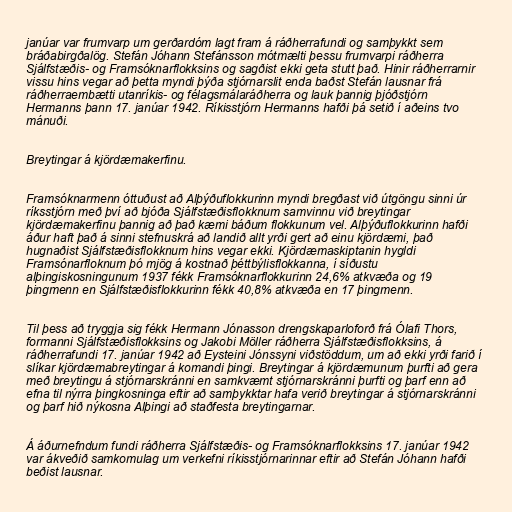
janúar var frumvarp um gerðardóm lagt fram á ráðherrafundi og samþykkt sem
bráðabirgðalög. Stefán Jóhann Stefánsson mótmælti þessu frumvarpi ráðherra
Sjálfstæðis- og Framsóknarflokksins og sagðist ekki geta stutt það. Hinir ráðherrarnir
vissu hins vegar að þetta myndi þýða stjórnarslit enda baðst Stefán lausnar frá
ráðherraembætti utanríkis- og félagsmálaráðherra og lauk þannig þjóðstjórn
Hermanns þann 17. janúar 1942. Ríkisstjórn Hermanns hafði þá setið í aðeins tvo
mánuði.

Breytingar á kjördæmakerfinu.

Framsóknarmenn óttuðust að Alþýðuflokkurinn myndi bregðast við útgöngu sinni úr
ríksstjórn með því að bjóða Sjálfstæðisflokknum samvinnu við breytingar
kjördæmakerfinu þannig að það kæmi báðum flokkunum vel. Alþýðuflokkurinn hafði
áður haft það á sinni stefnuskrá að landið allt yrði gert að einu kjördæmi, það
hugnaðist Sjálfstæðisflokknum hins vegar ekki. Kjördæmaskiptanin hygldi
Framsónarfloknum þó mjög á kostnað þéttbýlisflokkanna, í síðustu
alþingiskosningunum 1937 fékk Framsóknarflokkurinn 24,6% atkvæða og 19
þingmenn en Sjálfstæðisflokkurinn fékk 40,8% atkvæða en 17 þingmenn.

Til þess að tryggja sig fékk Hermann Jónasson drengskaparloforð frá Ólafi Thors,
formanni Sjálfstæðisflokksins og Jakobi Möller ráðherra Sjálfstæðisflokksins, á
ráðherrafundi 17. janúar 1942 að Eysteini Jónssyni viðstöddum, um að ekki yrði farið í
slíkar kjördæmabreytingar á komandi þingi. Breytingar á kjördæmunum þurfti að gera
með breytingu á stjórnarskránni en samkvæmt stjórnarskránni þurfti og þarf enn að
efna til nýrra þingkosninga eftir að samþykktar hafa verið breytingar á stjórnarskránni
og þarf hið nýkosna Alþingi að staðfesta breytingarnar.

Á áðurnefndum fundi ráðherra Sjálfstæðis- og Framsóknarflokksins 17. janúar 1942
var ákveðið samkomulag um verkefni ríkisstjórnarinnar eftir að Stefán Jóhann hafði
beðist lausnar.